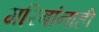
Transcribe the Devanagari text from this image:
गरिबांनाही